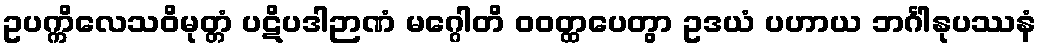
ဥပက္ကိလေသဝိမုတ္တံ ပဋိပဒါဉာဏံ မဂ္ဂေါတိ ဝဝတ္ထပေတွာ ဥဒယံ ပဟာယ ဘင်္ဂါနုပဿနံ